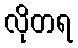
လိုတရ